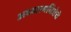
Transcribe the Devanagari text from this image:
अध्यात्मविद्येचे